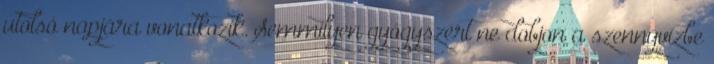
utolsó napjára vonatkozik. Semmilyen gyógyszert ne dobjon a szennyvízbe